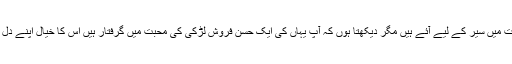
’’بابو جی، آپ بٹوت میں سیر کے لیے آئے ہیں مگر دیکھتا ہوں کہ آپ یہاں کی ایک حسن فروش لڑکی کی محبت میں گرفتار ہیں اس کا خیال اپنے دل سے نکال دیجیے۔